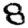
Digit: 8